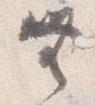
無